Medical and sanitary report of the native army of Bengal for the year
Year: 1874
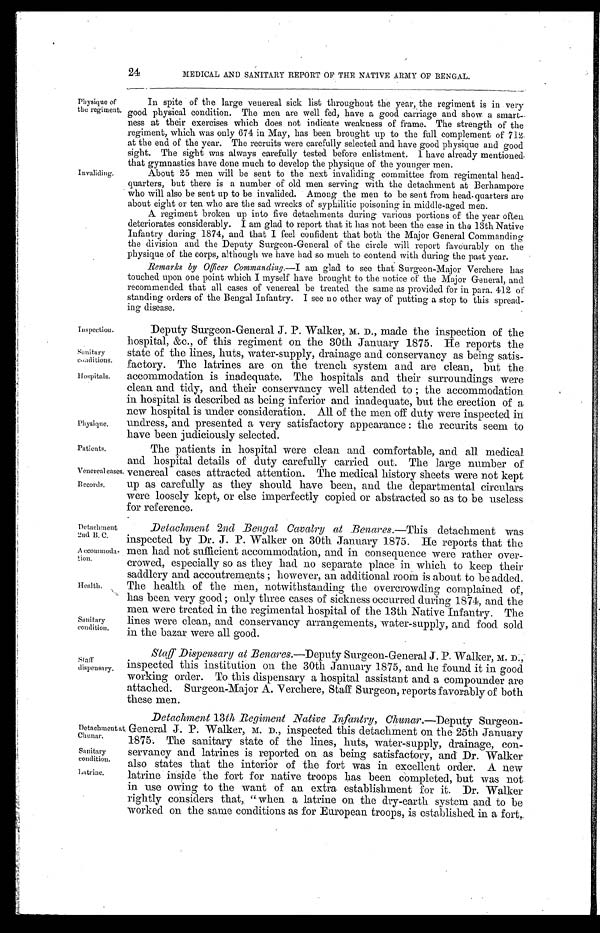
Inspection.
Sanitary
conditions.
hospitals.
Physique.
Patients.
Venereal cases
Records.
Detachment
2nd B. C.
Accommoda-
tion.
Health.
Detachment at
Chunar.
Sanitary
condition.
latrine.
24
MEDICAL AND SANITARY REPORT OF THE NATIVE ARMY OF BENGAL.
Physique of
the regiment.
Invaliding.
Sanitary
condition.
In spite of the large venereal sick list throughout the year, the regiment is in very
good physical condition. The men are well fed, have a good carriage and show a smart-
ness at their exercises which does not indicate weakness of frame. The strength of the
regiment, which was only 674 in May, has been brought up to the full complement of 712
at the end of the year. The recruits were carefully selected and have good physique and good
sight. The sight was always carefully tested before enlistment. I have already mentioned
that gymnastics have done much to develop the physique of the younger men.
About 25 men will be sent to the next invaliding committee from regimental head-
quarters, but there is a number of old men serving with the detachment at Berhampore
who will also be sent up to be invalided. Among the men to be sent from head quarters are
about eight or ten who are the sad wrecks of syphilitic poisoning in middle-aged men.
_
A regiment broken up into five detachments during various portions of the year often
deteriorates considerably. I am glad to report that it has not been the case in the 13th Native
Infantry during 1874, and that I feel confident that both the Major General Commanding
the division and the Deputy Surgeon-General of the circle will report favourably on the
physique of the corps, although we have had so much to contend with during the past year.
Remarks by Officer Commanding.— I am glad to see that Surgeon-Major Verchere has
touched upon one point which I myself have brought to the notice of the Major General, and
recommended that all cases of venereal be treated the same as provided for in para. 412 of
standing orders of the Bengal Infantry. I see no other way of putting a stop to this spread-
ing disease.
Deputy Surgeon-General J. P. Walker, M. D., made the inspection of the
hospital, &c., of this regiment on the 30th January 1875. He reports the
state of the lines, huts, water-supply, drainage and conservancy as being satis-
factory. The latrines are on the trench system and are clean, but the
accommodation is inadequate. The hospitals and their surroundings were
clean and tidy, and their conservancy well attended to ; the accommodation
in hospital is described as being inferior and inadequate, but the erection of a
new hospital is under consideration. All of the men off duty were inspected in
undress, and presented a very satisfactory appearance : the recurits seem to
have been judiciously selected.
The patients in hospital were clean and comfortable, and all medical
and hospital details of duty carefully carried out. The large number of
venereal cases attracted attention. The medical history sheets were not kept
up as carefully as they should have been, and the departmental circulars
were loosely kept, or else imperfectly copied or abstracted so as to be useless
for reference.
Detachment 2nd Bengal Cavalry at Benares.— This detachment was
inspected by Dr. J. P. Walker on 30th January 1875. He reports that the
men had not sufficient accommodation, and in consequence were rather over-
crowed, especially so as they had no separate place in which to keep their
saddlery and accoutrements ; however, an additional room is about to be added.
The health of the men, notwithstanding the overcrowding complained of,
has been very good ; only three cases of sickness occurred during 1874, and the
men were treated in the regimental hospital of the 13th Native Infantry. The
lines were clean, and conservancy arrangements, water-supply, and food sold
in the bazar were all good.
Staff
dispensary.
Staff Dispensary at Benares.—Deputy Surgeon-General J. P. Walker, M. D.,
inspected this institution on the 30th January 1875, and he found it in good
working order. To this dispensary a hospital assistant and a compounder are
attached. Surgeon-Major A. Verchere, Staff Surgeon, reports favorably of both
these men.
Detachment 13th Regiment Native Infantry, Chunar.— Deputy Surgeon-
General J. P. Walker, M. D., inspected this detachment on the 25th January
1875. The sanitary state of the lines, huts, water-supply, drainage, con-
servancy and latrines is reported on as being satisfactory, and Dr. Walker
also states that the interior of the fort was in excellent order. A new
latrine inside the fort for native troops has been completed, but was not
in use owing to the want of an extra establishment for it. Dr. Walker
rightly considers that, "when a latrine on the dry-earth system and to be
worked on the same conditions as for European troops, is established in a fort,